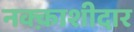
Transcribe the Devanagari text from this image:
नक्क़ाशीदार